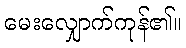
မေးလျှောက်ကုန်၏။